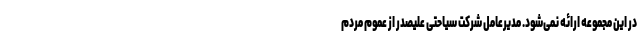
در این مجموعه ارائه نمی‌شود. مدیرعامل شرکت سیاحتی علیصدر از عموم مردم